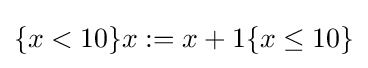
\{x<10\}x:=x+1\{x\leq 10\}